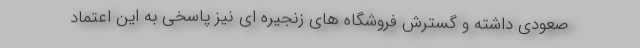
صعودی داشته و گسترش فروشگاه های زنجیره ای نیز پاسخی به این اعتماد